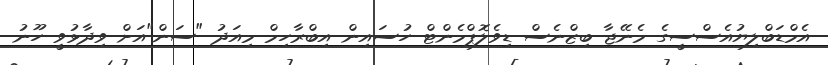
އެމްޑަބްލިޔުއެސްސީގެ މެނޭޖާ ބިޒްނެސް ޑިވެލޮޕްމެންޓް ހުސައިން އިބްރާހިމް މިއަދު "ސަން"އަށް ވިދާޅުވީ ހޫނު